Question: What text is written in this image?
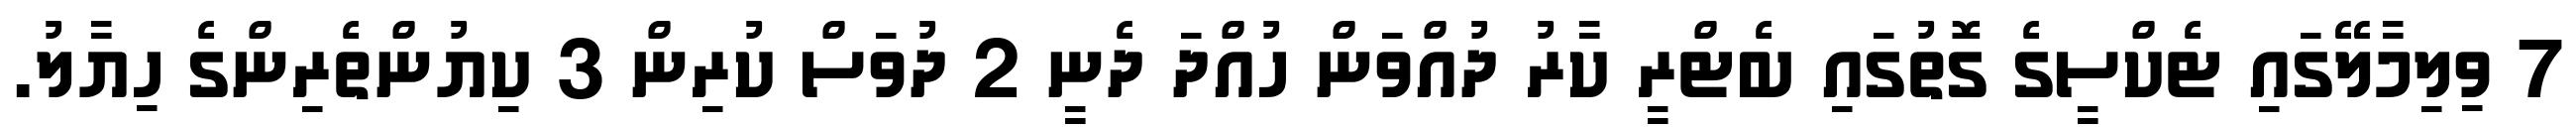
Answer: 7 ވިލިމާލޭގައި ޓެކްސީގެ ގޮތުގައި ބެޓްރީ ކާރު ދުއްވަން ހުއްދަ ދެނީ 2 ދުވަސް ކުރިން 3 ކިޔުންތެރިންގެ ހިޔާލު.